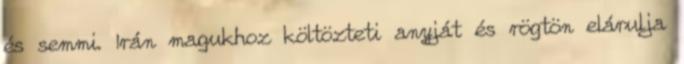
és semmi. Irán magukhoz költözteti anyját és rögtön elárulja